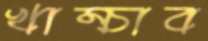
খাম্‌চাব